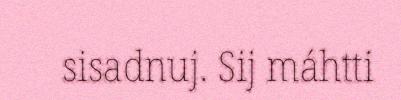
sisadnuj. Sij máhtti